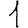
Digit: 1